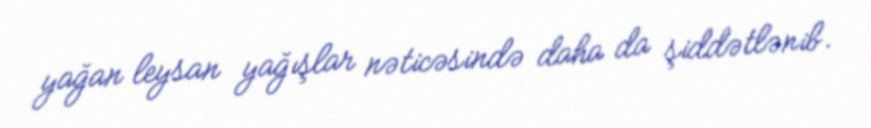
yağan leysan yağışlar nəticəsində daha da şiddətlənib.